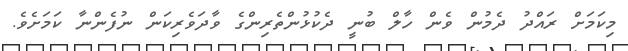
މިކަމަށް ރައްދު ދެމުން ވެން ހާލް ބުނީ ދެކުޅުންތެރިންގެ ވާދަވެރިކަން ނުފެންނާ ކަމަށެވެ.